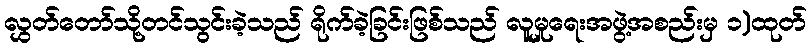
လွှတ်တော်သို့တင်သွင်းခဲ့သည် ရိုက်ခဲ့ခြင်းဖြစ်သည် လူမှုရေးအဖွဲ့အစည်းမှ ၁)ထုတ်